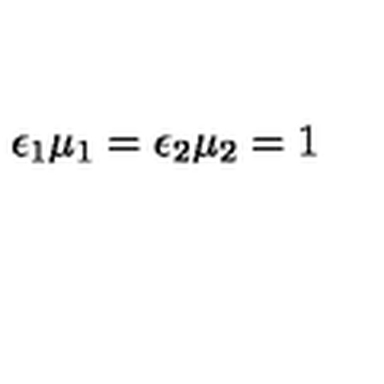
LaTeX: \epsilon _ { 1 } \mu _ { 1 } = \epsilon _ { 2 } \mu _ { 2 } = 1